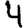
Digit: 4